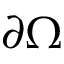
\partial \Omega